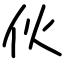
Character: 伙